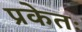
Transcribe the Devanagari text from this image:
प्रकेतः